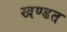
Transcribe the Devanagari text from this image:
खण्डत